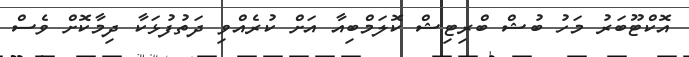
އޮކްޓޫބަރު މަހު ބުޝް ބްރިޓިޝް ކޮލަމްބިއާ އަށް ކުރެއްވި ދަތުފުޅަކާ ދިމާކޮށް ވެސް